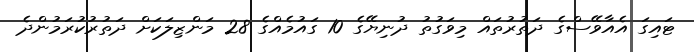
ޓައިގަ އެއާވޭސްގެ ދަތުރުތައް މިވަގުތު ދުނިޔޭގެ 10 ގައުމެއްގެ 28 މަންޒިލަކަށް ދަތުރުކުރަމުންދެ